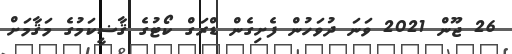
26 ޖޫން 2021 ވަނަ ދުވަހުން ފެށިގެން ޑްރަގް ކޯޓުގެ ޤާޟީކަމުގެ މަޤާމަށް